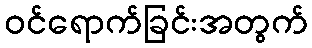
ဝင်ရောက်ခြင်းအတွက်